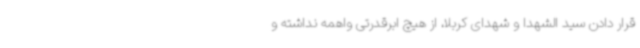
قرار دادن سید الشهدا و شهدای کربلا، از هیچ ابرقدرتی واهمه نداشته و